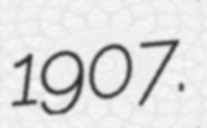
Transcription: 1907.